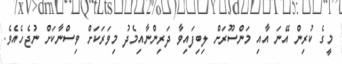
މީގެ ކުރިން އޭނަ އާއި މަންސޫރަށް ލިބިފައިވާ ދަރިންނާއިމެދު މިވަރަކަށް ވިސްނާކަށް ނުޖެހެއެވެ.